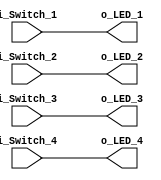
module wiring_switches
(
  input i_Switch_1,
  input i_Switch_2,
  input i_Switch_3,
  input i_Switch_4,
  output o_LED_1,
  output o_LED_2,
  output o_LED_3,
  output o_LED_4);

  assign o_LED_1 = i_Switch_1;
  assign o_LED_2 = i_Switch_2;
  assign o_LED_3 = i_Switch_3;
  assign o_LED_4 = i_Switch_4;
endmodule